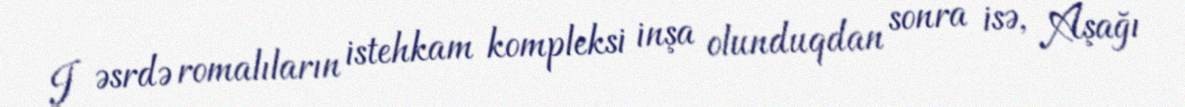
I əsrdə romalıların istehkam kompleksi inşa olunduqdan sonra isə, Aşağı